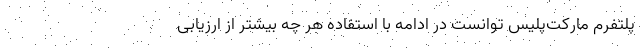
پلتفرم مارکت‌پلیس توانست در ادامه با استفاده هر چه بیشتر از ارزیابی